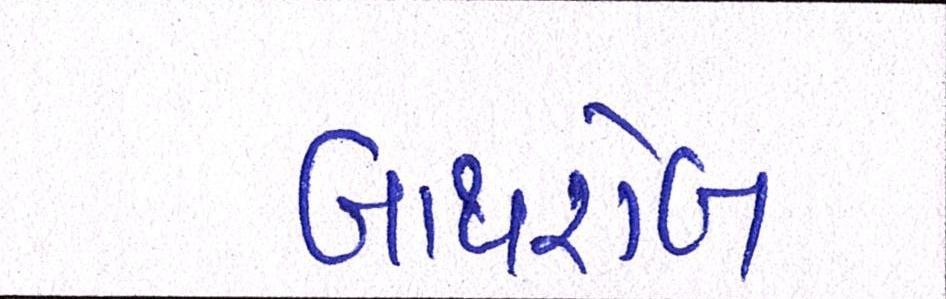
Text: બાથરોબ